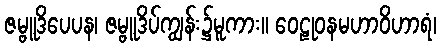
ဇမ္ဗူဒိပေပန၊ ဇမ္ဗူဒိပ်ကျွန်း၌မူကား။ ဝေဠုဝနမဟာဝိဟာရံ၊